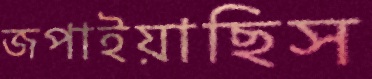
জপাইয়াছিস